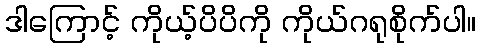
ဒါကြောင့် ကိုယ့်ပိပိကို ကိုယ်ဂရုစိုက်ပါ။